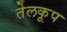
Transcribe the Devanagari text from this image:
तेलकूप